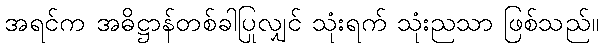
အရင်က အဓိဋ္ဌာန်တစ်ခါပြုလျှင် သုံးရက် သုံးညသာ ဖြစ်သည်။